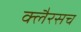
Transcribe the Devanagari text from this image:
क्लैरसच